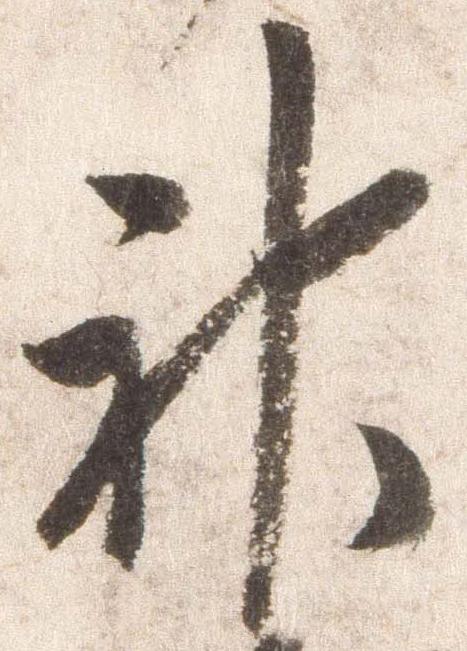
神